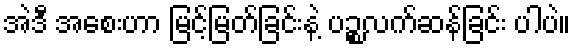
အဲဒီ အစေးဟာ မြင့်မြတ်ခြင်းနဲ့ ပဉ္စလက်ဆန်ခြင်း ပါပဲ။